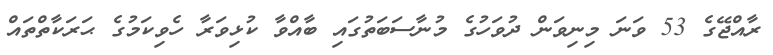
ރާއްޖޭގެ 53 ވަނަ މިނިވަން ދުވަހުގެ މުނާސަބަތުގައި ބާއްވާ ކުޅިވަރާ ހެވިކަމުގެ ޙަރަކާތްތައް